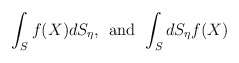
\begin{align*}\int_{S} f(X) dS_{\eta},\;\,\mbox{and}\,\;\int_{S} dS_{\eta} f(X)\end{align*}